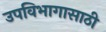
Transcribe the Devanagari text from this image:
उपविभागासाठी